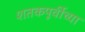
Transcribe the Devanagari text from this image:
शतकपूर्वीच्या